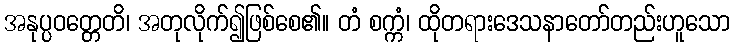
အနုပ္ပဝတ္တေတိ၊ အတုလိုက်၍ဖြစ်စေ၏။ တံ စက္ကံ၊ ထိုတရားဒေသနာတော်တည်းဟူသော